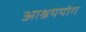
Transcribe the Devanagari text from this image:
आश्रययोग